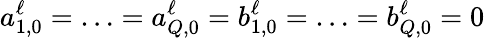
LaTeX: a_{1,0}^{\ell}=\ldots=a_{Q,0}^{\ell}=b_{1,0}^{\ell}=\ldots=b_{Q,0}^{\ell}=0